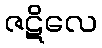
ဇဋိလေ